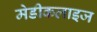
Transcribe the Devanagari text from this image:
मेडीकलाइज